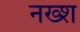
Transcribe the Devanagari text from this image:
नख्श